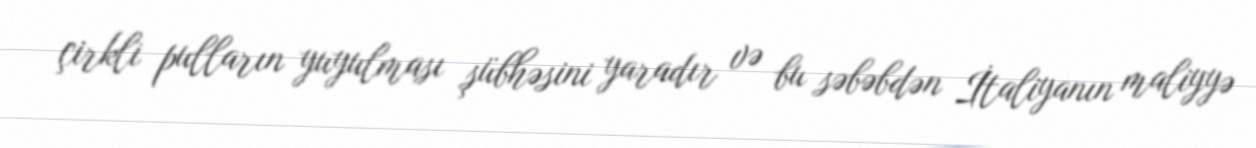
çirkli pulların yuyulması şübhəsini yaradır və bu səbəbdən İtaliyanın maliyyə